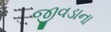
જીવડાના